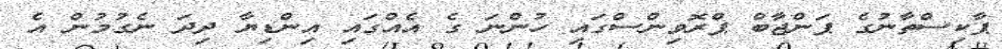
ޕާކިސްތާނުގެ ޕަންޖާބް ޕްރޮވިންސްގައި ހުންނަ ގެ އެއްގައި އިންޑިޔާ ދިދަ ނެގުމުން އެ